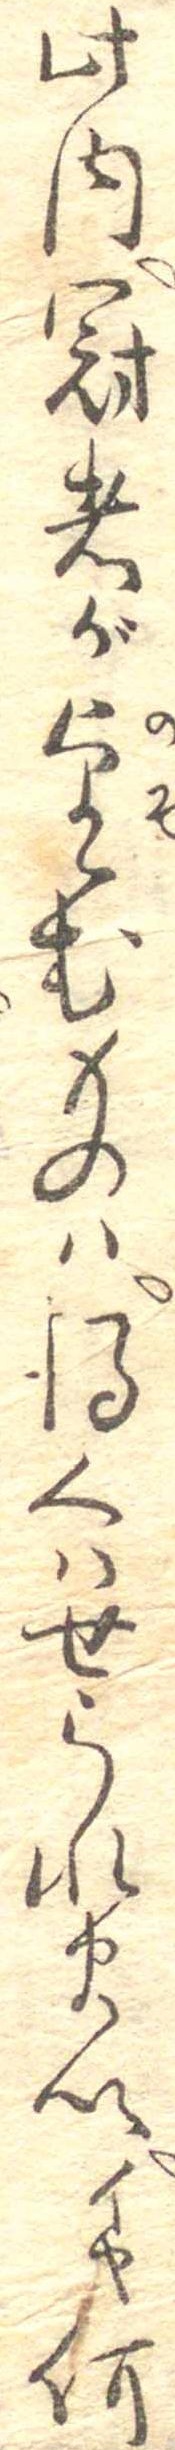
此内冠者が望むものは得くはせられまいイヤ何